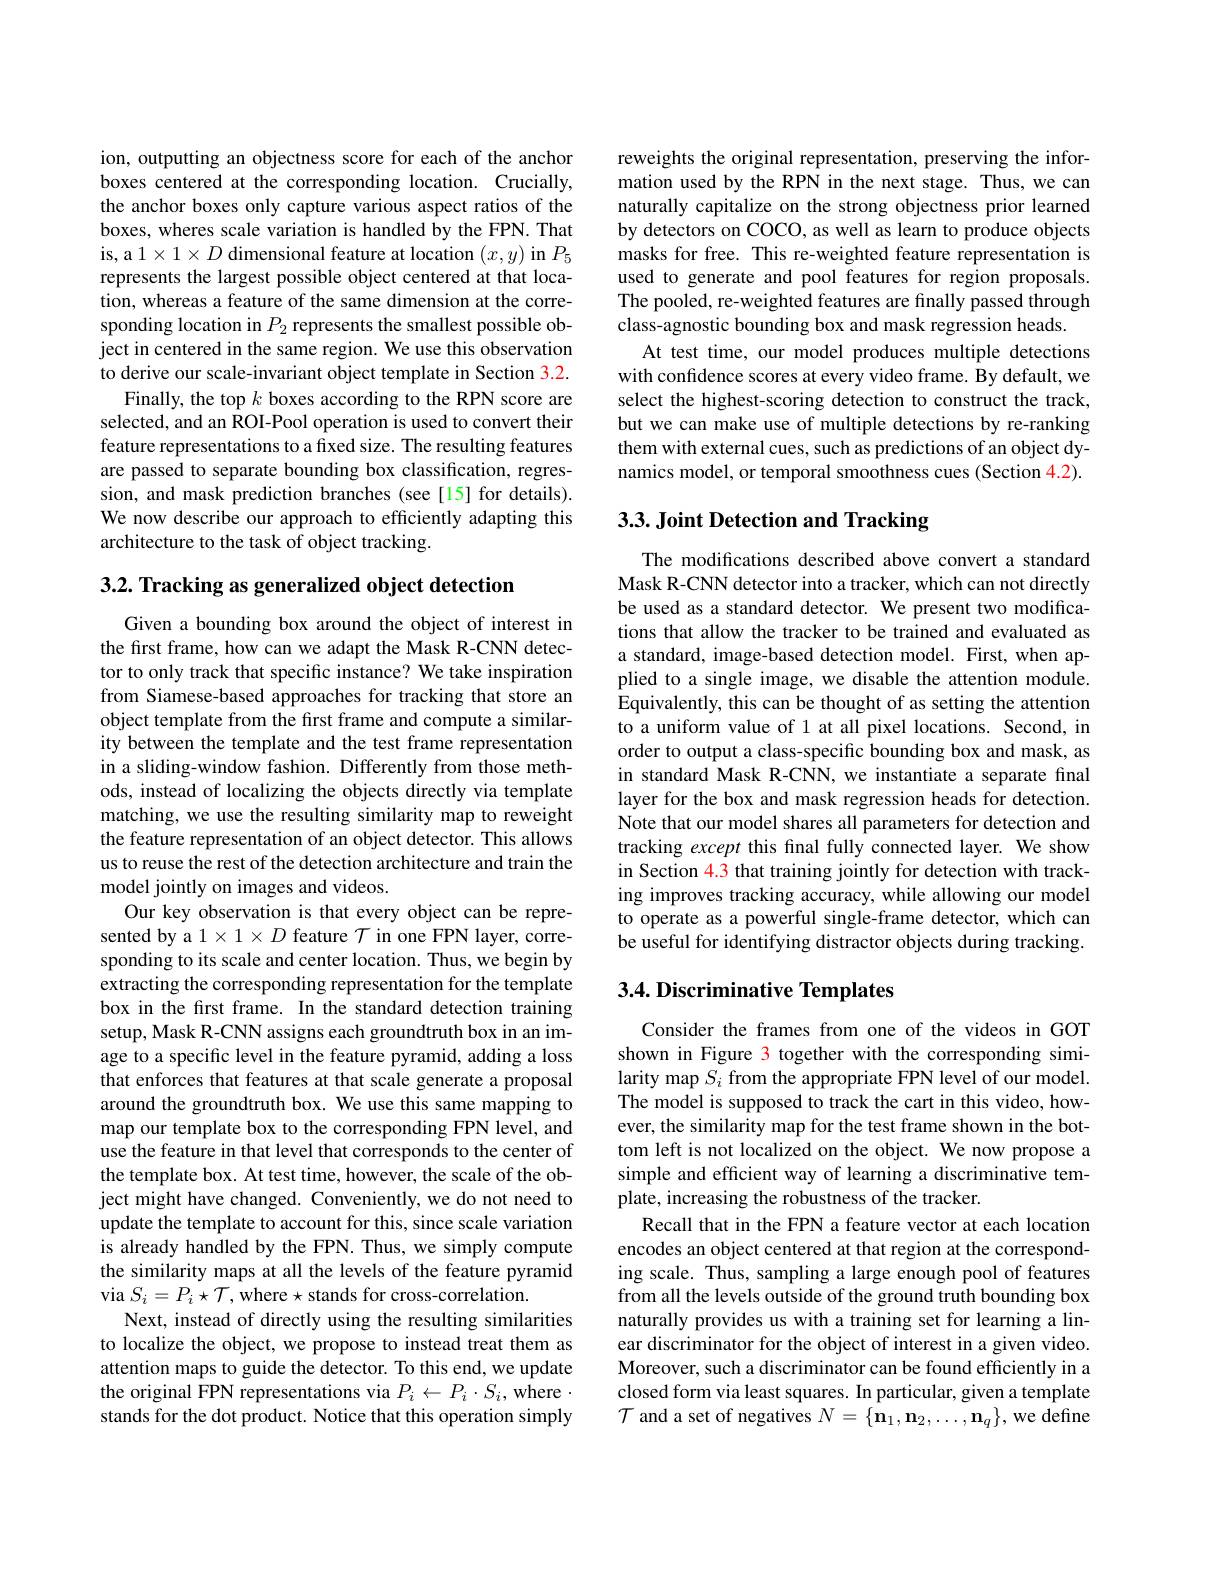
ion, outputting an objectness score for each of the anchor boxes centered at the corresponding location. Crucially, the anchor boxes only capture various aspect ratios of the boxes, wheres scale variation is handled by the FPN. That is, a 1$\times1\times D$ dimensional feature at location $(x,y)$ in $P_5$ represents the largest possible object centered at that location, whereas a feature of the same dimension at the corresponding location in $P_2$ represents the smallest possible object in centered in the same region. We use this observation to derive our scale-invariant object template in Section 3.2.
Finally, the top $k$ boxes according to the RPN score are selected, and an ROI-Pool operation is used to convert their feature representations to a fixed size. The resulting features are passed to separate bounding box classification, regression, and mask prediction branches (see[15] for details). We now describe our approach to efficiently adapting this architecture to the task of object tracking.

3.2. Tracking as generalized object detection
Given a bounding box around the object of interest in the first frame, how can we adapt the Mask R-CNN detector to only track that specific instance? We take inspiration from Siamese-based approaches for tracking that store an object template from the first frame and compute a similarity between the template and the test frame representation in a sliding-window fashion. Differently from those methods, instead of localizing the objects directly via template matching, we use the resulting similarity map to reweight the feature representation of an object detector. This allows us to reuse the rest of the detection architecture and train the model jointly on images and videos.
Our key observation is that every object can be represented by a 1$\times1\times D$ feature $\mathcal{T}$ in one FPN layer, corresponding to its scale and center location. Thus, we begin by extracting the corresponding representation for the template box in the first frame. In the standard detection training setup, Mask R-CNN assigns each groundtruth box in an image to a specific level in the feature pyramid, adding a loss that enforces that features at that scale generate a proposal around the groundtruth box. We use this same mapping to map our template box to the corresponding FPN level, and use the feature in that level that corresponds to the center of the template box. At test time, however, the scale of the object might have changed. Conveniently, we do not need to update the template to account for this, since scale variation is already handled by the FPN. Thus, we simply compute the similarity maps at all the levels of the feature pyramid via $S_{i}=P_{i}\star\mathcal{T}$,where$\star$stands for cross-correlation.
Next, instead of directly using the resulting similarities to localize the object, we propose to instead treat them as attention maps to guide the detector. To this end, we update the original FPN representations via $P_i\leftarrow P_i\cdot S_i$, where $\cdot$ stands for the dot product. Notice that this operation simply

reweights the original representation, preserving the information used by the RPN in the next stage. Thus, we can naturally capitalize on the strong objectness prior learned by detectors on COCO, as well as learn to produce objects masks for free. This re-weighted feature representation is used to generate and pool features for region proposals. The pooled, re-weighted features are finally passed through class-agnostic bounding box and mask regression heads.
At test time, our model produces multiple detections with confidence scores at every video frame. By default, we select the highest-scoring detection to construct the track, but we can make use of multiple detections by re-ranking them with external cues, such as predictions of an object dynamics model, or temporal smoothness cues (Section 4.2).

# 3.3. Joint Detection and Tracking

The modifications described above convert a standard Mask R-CNN detector into a tracker, which can not directly be used as a standard detector. We present two modifications that allow the tracker to be trained and evaluated as a standard, image-based detection model. First, when applied to a single image, we disable the attention module. Equivalently, this can be thought of as setting the attention to a uniform value of 1 at all pixel locations. Second, in order to output a class-specific bounding box and mask, as in standard Mask R-CNN, we instantiate a separate final layer for the box and mask regression heads for detection. Note that our model shares all parameters for detection and tracking except this final fully connected layer. We show in Section 4.3 that training jointly for detection with tracking improves tracking accuracy, while allowing our model to operate as a powerful single-frame detector, which can be useful for identifying distractor objects during tracking.

### 3.4. Discriminative Templates

Consider the frames from one of the videos in GOT shown in Figure 3 together with the corresponding similarity map $S_i$ from the appropriate FPN level of our model. The model is supposed to track the cart in this video, however, the similarity map for the test frame shown in the bottom left is not localized on the object. We now propose a simple and efficient way of learning a discriminative template, increasing the robustness of the tracker.
Recall that in the FPN a feature vector at each location encodes an object centered at that region at the corresponding scale. Thus, sampling a large enough pool of features from all the levels outside of the ground truth bounding box naturally provides us with a training set for learning a linear discriminator for the object of interest in a given video. Moreover, such a discriminator can be found efficiently in a closed form via least squares. In particular, given a template $\mathcal{T}$ and a set of negatives $N=\{\mathbf{n}_1,\mathbf{n}_2,\ldots,\mathbf{n}_q\}$, we define